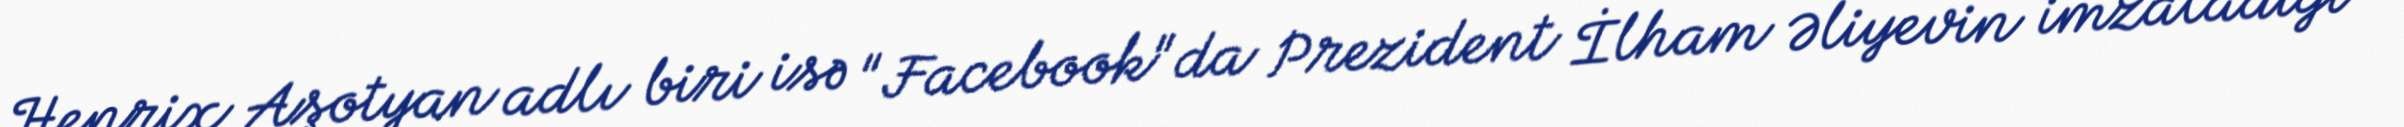
Henrix Aşotyan adlı biri isə "Facebook"da Prezident İlham Əliyevin imzaladığı